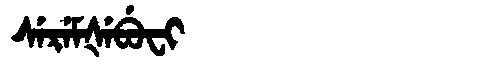
Manchu: ᠰᡝᡵᡝᠮᡧᡝᠪᡠᠸᡳ
Romanization: SEREMŠEBUFI